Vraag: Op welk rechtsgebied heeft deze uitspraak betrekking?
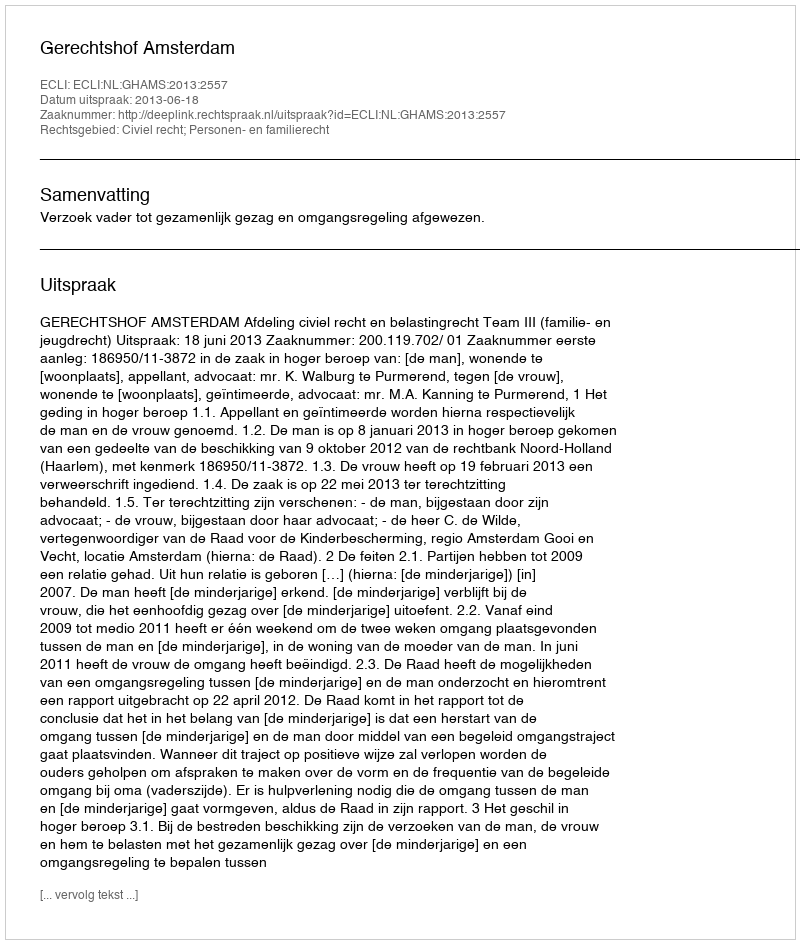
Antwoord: Civiel recht; Personen- en familierecht